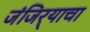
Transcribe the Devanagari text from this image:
जंजिर्‍याचा